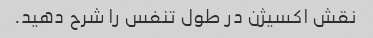
نقش اکسیژن در طول تنفس را شرح دهید.